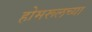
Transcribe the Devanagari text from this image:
होमरूलच्या